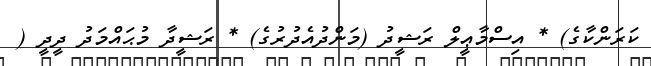
ކަރަންކާގެ) * އިސްމާޢީލް ރަޝީދު (މަންދުއެދުރުގެ) * ރަޝީދާ މުޙައްމަދު ދީދީ (